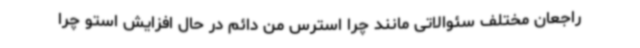
راجعان مختلف سئوالاتی مانند چرا استرس من دائم در حال افزایش استو چرا